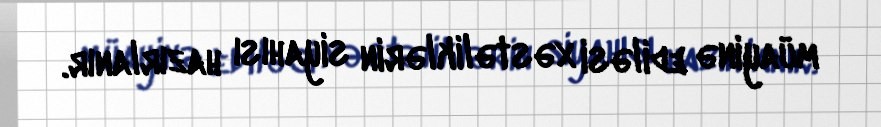
müayinə ediləsi xəstəliklərin siyahısı hazırlanır.